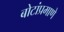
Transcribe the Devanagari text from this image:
बोटांप्रमाणे